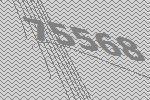
75568